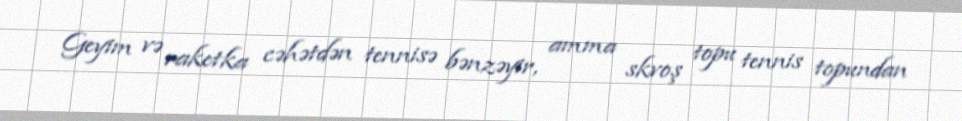
Geyim və raketka cəhətdən tennisə bənzəyir, amma skvoş topu tennis topundan